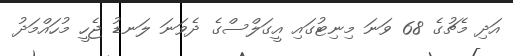
އަދި މެޗުގެ 68 ވަނަ މިނިޓުގައި އީގަލްސްގެ ދެވަނަ ލަނޑު ޖެހީ މުހައްމަދު